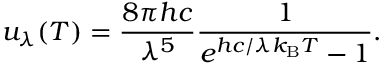
u _ { \lambda } ( T ) = { \frac { 8 \pi h c } { \lambda ^ { 5 } } } { \frac { 1 } { e ^ { h c / \lambda k _ { \mathrm { B } } T } - 1 } } .